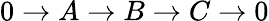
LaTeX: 0\to A\to B\to C\to 0